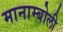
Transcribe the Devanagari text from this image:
मानाम्बोली